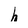
Character: h